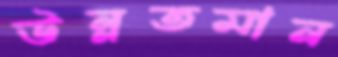
উন্নতমান